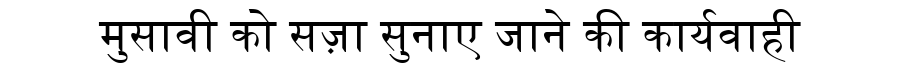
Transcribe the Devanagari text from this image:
मुसावी को सज़ा सुनाए जाने की कार्यवाही